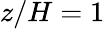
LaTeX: z/H=1